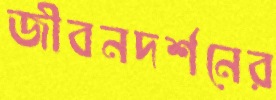
জীবনদর্শনের